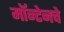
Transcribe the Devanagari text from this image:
मॉन्टेनचे